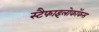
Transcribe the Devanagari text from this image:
स्टैफाइलोकॉकस